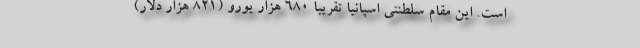
است. این مقام سلطنتی اسپانیا تقریبا 680 هزار یورو (821 هزار دلار)